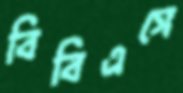
বিবিএসে